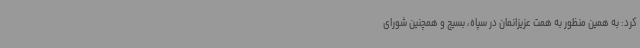
کرد: به همین منظور به همت عزیزانمان در سپاه‌، بسیج و همچنین شورای